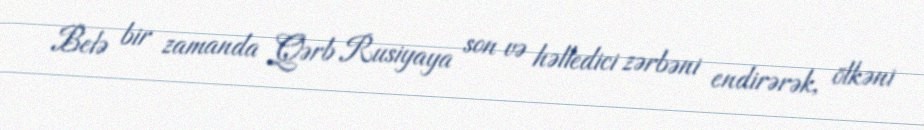
Belə bir zamanda Qərb Rusiyaya son və həlledici zərbəni endirərək, ölkəni